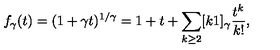
f _ { \gamma } ( t ) = ( 1 + \gamma t ) ^ { 1 / \gamma } = 1 + t + \sum _ { k \geq 2 } [ k \- 1 ] _ { \gamma } \frac { t ^ { k } } { k ! } ,